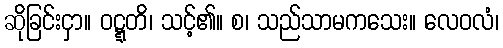
ဆိုခြင်းငှာ။ ဝဋ္ဋတိ၊ သင့်၏။ စ၊ သည်သာမကသေး။ လေဝလံ၊